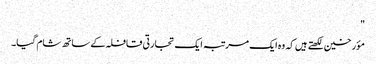
"
مؤرخین لکھتے ہیں کہ وہ ایک مرتبہ ایک تجارتی قافلہ کے ساتھ شام گیا۔